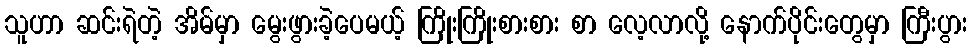
သူဟာ ဆင်းရဲတဲ့ အိမ်မှာ မွေးဖွားခဲ့ပေမယ့် ကြိုးကြိုးစားစား စာ လေ့လာလို့ နောက်ပိုင်းတွေမှာ ကြီးပွား